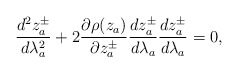
\begin{align*} \frac{d^2z_a^\pm}{d\lambda_a^2} + 2 \frac{\partial\rho(z_a)}{\partial z_a^\pm} \frac{dz_a^\pm}{d\lambda_a} \frac{dz_a^\pm}{d\lambda_a} = 0,\end{align*}